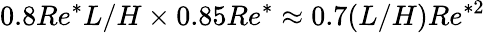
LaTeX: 0.8Re^{*}L/H\times 0.85Re^{*}\approx 0.7(L/H)Re^{*2}